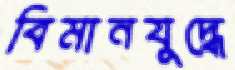
বিমানযুদ্ধে